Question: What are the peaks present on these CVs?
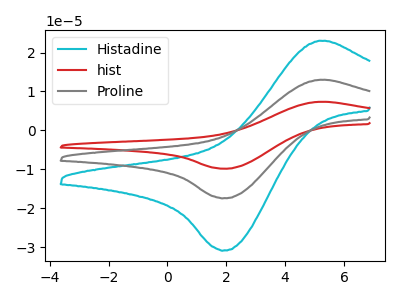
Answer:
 <answer>The cyan curve "Histadine" has an anodic peak at (5.15V, 23.05uA) and a cathodic peak at (1.95V, -30.85uA). The red curve "hist" has an anodic peak at (5.15V, 26.00uA) and a cathodic peak at (1.95V, -34.85uA). The gray curve "Proline" has an anodic peak at (5.15V, 13.00uA) and a cathodic peak at (1.95V, -17.40uA).</answer>
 <eval></eval>